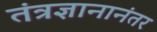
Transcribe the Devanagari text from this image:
तंत्रज्ञानानंतर